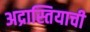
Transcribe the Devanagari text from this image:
अद्रास्तियाची